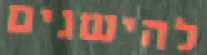
להישגים